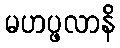
မဟပ္ဖလာနိ